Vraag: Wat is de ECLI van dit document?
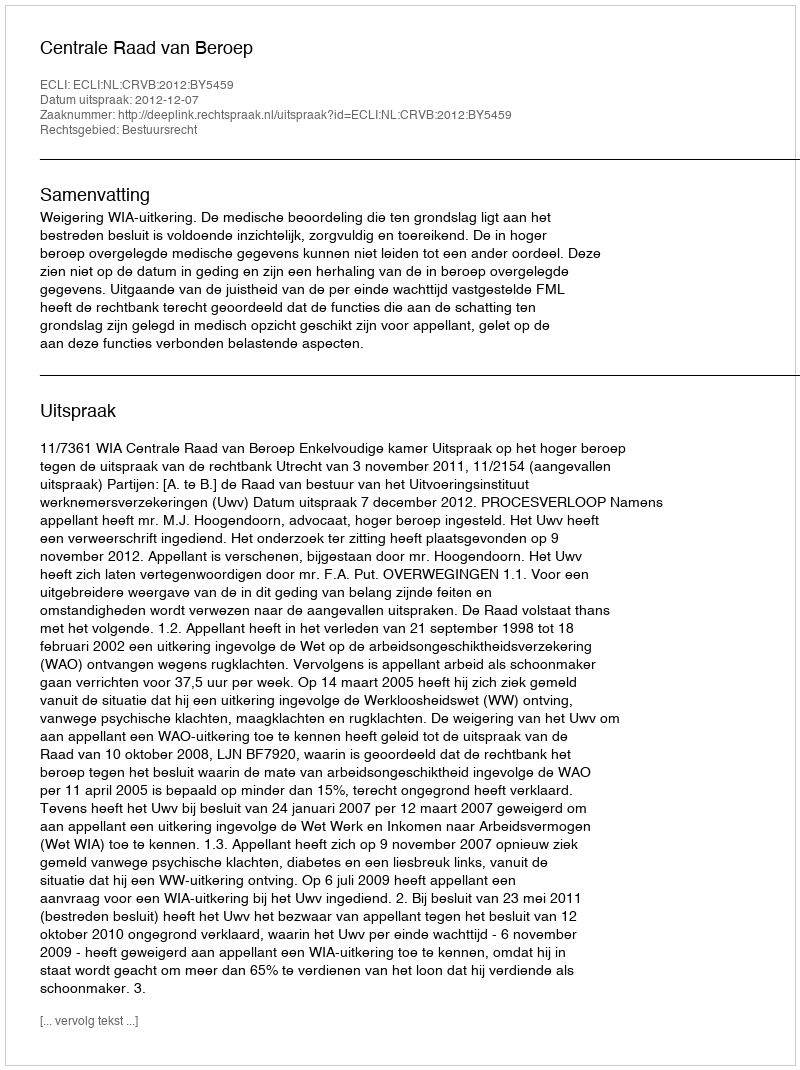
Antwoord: ECLI:NL:CRVB:2012:BY5459